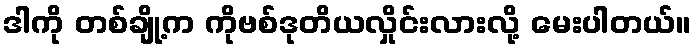
ဒါကို တစ်ချို့က ကိုဗစ်ဒုတိယလှိုင်းလားလို့ မေးပါတယ်။